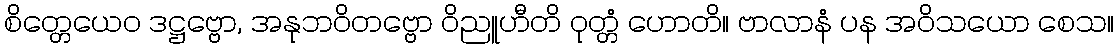
စိတ္တေယေဝ ဒဋ္ဌဗ္ဗော, အနုဘဝိတဗ္ဗော ဝိညူဟီတိ ဝုတ္တံ ဟောတိ။ ဗာလာနံ ပန အဝိသယော စေသ။